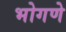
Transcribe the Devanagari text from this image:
भोगणे